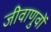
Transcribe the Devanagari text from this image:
जीवाणुवों